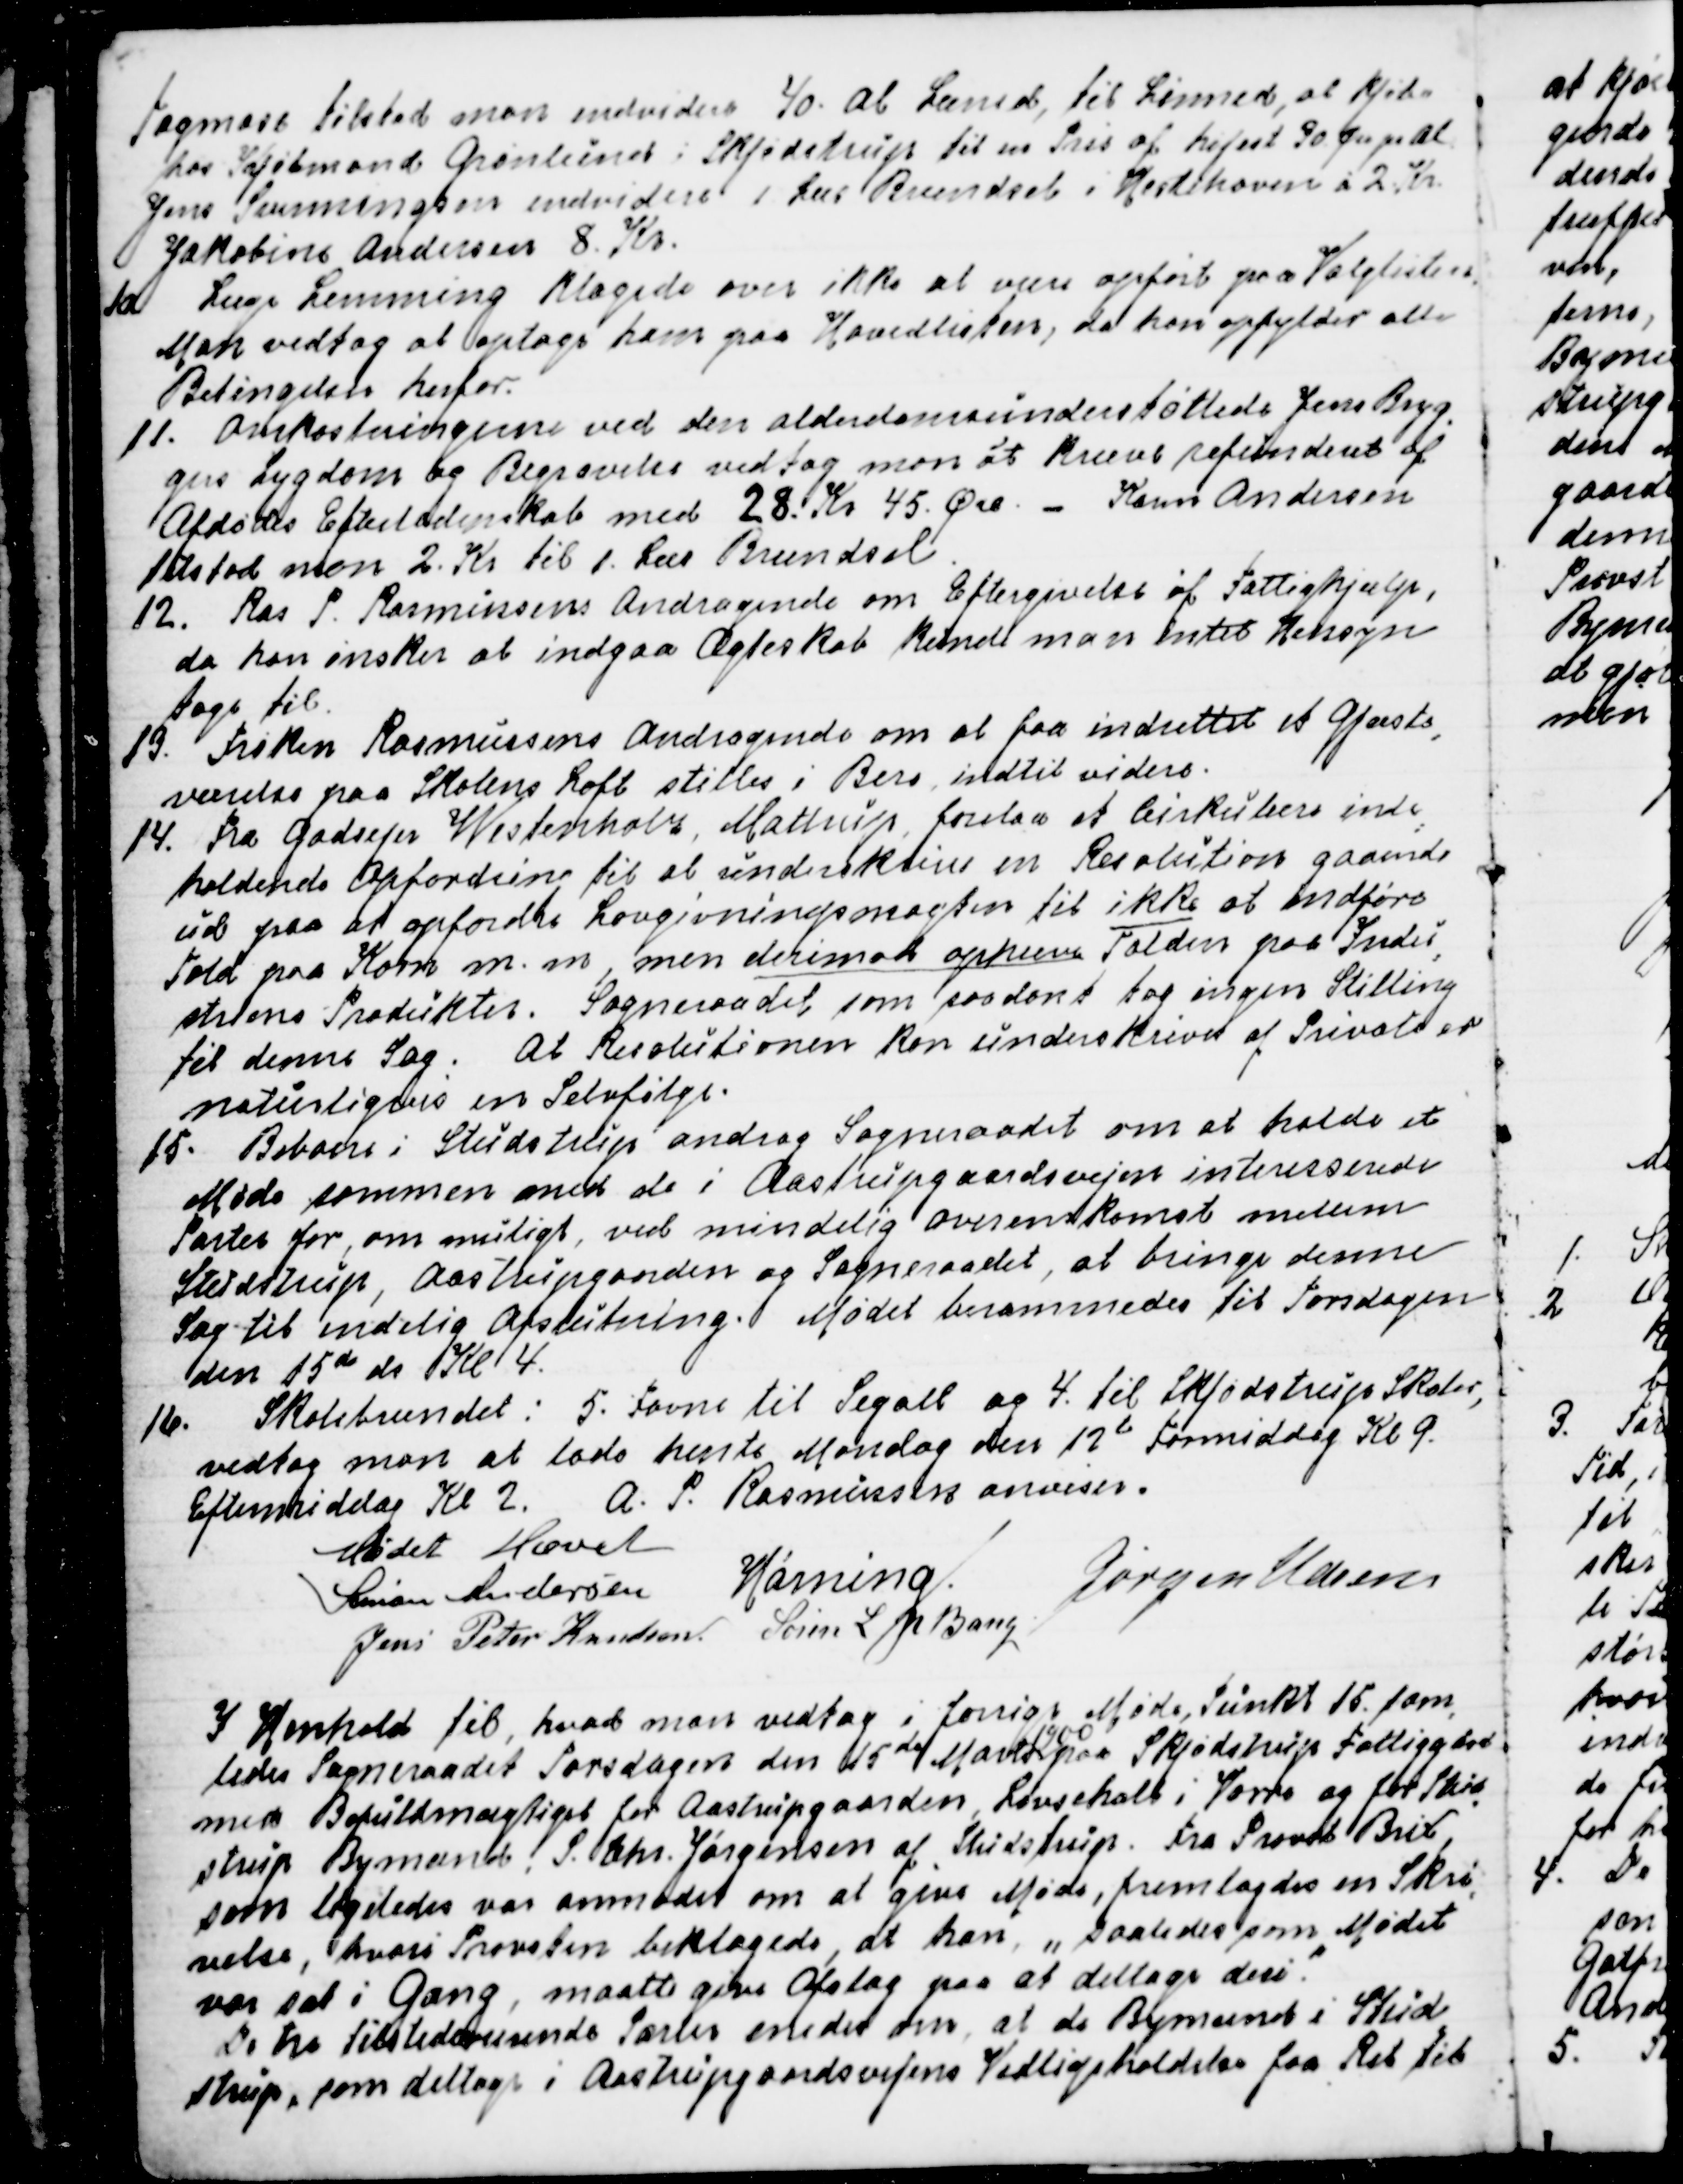
Transskription:
Tagmose tilstod man endvidere 40. Al Lærred, til Linned, at kjøbe
hos Kjøbmand Grønlund i Skjødstrup til en Pris af højst 30 Øre pr Al
Jens Svenningsen endvidere 1 Læs Brændsel i Hestehaven á 2. Kr.
Jakobine Andersen 8. Kr.
10 Læge Lemming klagede over ikke at være opført paa Valglisten.
Man vedtog at optage ham paa Hovedlisten, da han opfylder alle
Betingelser herfor.
11. Omkostningerne ved den alderdomsunderstøttede Jens Bryg
=
gers Sygdom og Begravelse vedtog man at kræve refunderet af
Afdødes Efterladenskab med 28. Kr 45. Øre. - Karen Andersen
tilstod man 2. Kr til 1. Læs Brændsel.
12. Ras P Rasmussens Andragende om Eftergivelse af Fattighjælp,
da han ønsker at indgaa Ægteskab kunde man intet Hensyn
tage til.
13. Frøken Rasmussens Andragende om at faa indrettet et Gjæste
=
værelse paa Skolens Loft stiltes i Bero indtil videre.
14. Fra Godsejer Westenholz, Mattrup, forelaa et Cirkulære inde
=
holdende Opfordring til at underskrive en Resolution gaaende
ud paa at opfordre Lovgivningsmagten til ikke at indføre
Told paa Korn m.m., men derimod ophæve Tolden paa Indu
=
striens Produkter. Sogneraadet som saadant tog ingen Stilling
til denne Sag.  At Resolutionen kan underskrives af Private er
naturligvis en Selvfølge.
15. Beboere i Studstrup androg Sogneraadet om at holde et
Møde sammen med de i Aastrupgaardsvejen interesserede
Parter for, om muligt, ved mindelig Overenskomst mellem
Studstrup, Aastrupgaarden og Sogneraadet, at bringe denne
Sag til endelig Afslutning Mødet berammedes til Torsdagen
den 15de ds. Kl. 4.
16. Skolebrændet: 5. Favne til Segalt og 4. til Skjødstrup Skoler,
vedtog man at lade hente Mandag den 12te Formiddag Kl. 9.
Eftermiddag Kl 2.   A. P. Rasmussen anviser.
Mødet Hævet 
Simon Andersen
Hørning.
Jørgen Udsen
Jens Peter Knudsen
Søren L N Bang

I Henhold til, hvad man vedtog i forrige Møde Punkt 15. sam
=
ledes Sogneraadet Torsdagen den 15de Marts 
1900
paa Skjødstrup Fattiggård
med Befuldmægtiget for Aastrupgaarden, Løvschall i Vorre og for Stud
=
strup Bymand, S. Chr. Jørgensen af Studstrup. Fra Provst Brix,
som ligeledes var anmodet om at give Møde, fremlagdes en Skri
=
velse, hvori Provsten beklagede, at han  "saaledes som Mødet
var sat i Gang, maatte give Afslag paa at deltage deri."
De tre tilstedeværende Parter enedes om, at de Bymænd i Stud
=
strup, som deltager i Aastrupgaardsvejens Vedligeholdelse faa Ret til